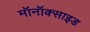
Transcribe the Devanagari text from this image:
मॉनॉक्साइड